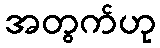
အတွက်ဟု